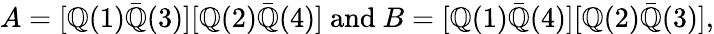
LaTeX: A=[\mathbb{Q}(1)\bar{{\mathbb{Q}}}(3)][\mathbb{Q}(2)\bar{{\mathbb{Q}}}(4)]\ \mathrm{{and}}\ B=[\mathbb{Q}(1)\bar{{\mathbb{Q}}}(4)][\mathbb{Q}(2)\bar{{\mathbb{Q}}}(3)],